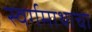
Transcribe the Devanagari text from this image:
स्वर्गमाथाचा